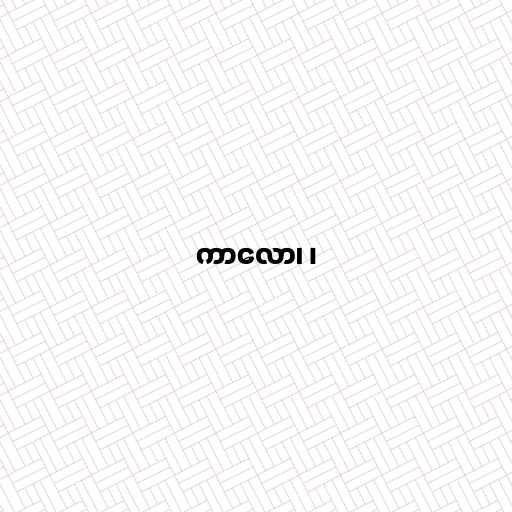
ကာလော၊ ၊